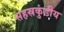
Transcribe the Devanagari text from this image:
सहस्रकुंडीय